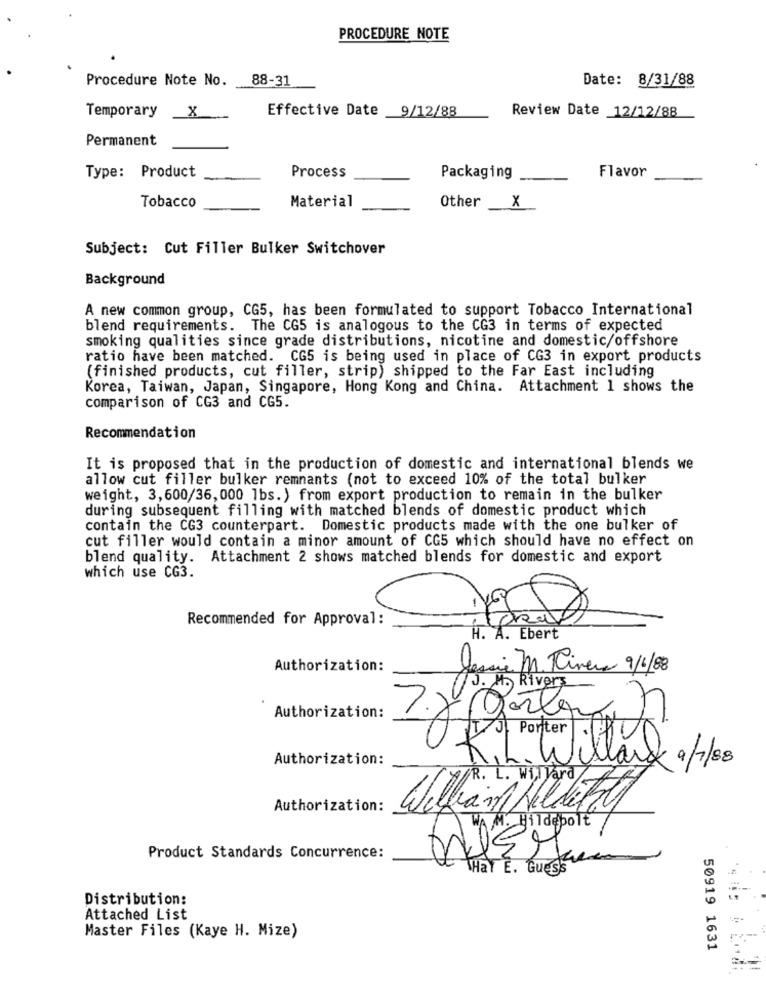
PROCEDURE NOTE
Procedure Note No.
88-31
Date: 8/31/88
Temporary
X
Effective Date _9/12/88
Review Date 12/12/88
Permanent
Type: Product
Process
Flavor
Packaging
Material
Other
Tobacco
X
Subject: Cut Filler Bulker Switchover
Background
A new common group, CG5, has been formulated to support Tobacco International
blend requirements. The CG5 is analogous to the CG3 in terms of expected
smoking qualities since grade distributions, nicotine and domestic/offshore
ratio have been matched. CG5 is being used in place of CG3 in export products
(finished products, cut filler, strip) shipped to the Far East including
Korea, Taiwan, Japan, Singapore, Hong Kong and China. Attachment 1 shows the
comparison of CG3 and CG5.
Recommendation
It is proposed that in the production of domestic and international blends we
allow cut filler bulker remnants (not to exceed 10% of the total bulker
weight, 3,600/36, 000 1bs. ) from export production to remain in the bulker
during subsequent filling with matched blends of domestic product which
contain the CG3 counterpart. Domestic products made with the one bulker of
cut filler would contain a minor amount of CG5 which should have no effect on
blend quality. Attachment 2 shows matched blends for domestic and export
which use CG3.
Recommended for Approval:
H. A. Ebert
Authorization:
Jessie M. Rivera 9/6/88
10.15 Rivers
Authorization:
Authorization:
Kil. Willard a/88
L. Willard
Authorization:
M. Hildepolt
Product Standards Concurrence:
Hay E. Guess
Distribution:
Attached List
Master Files (Kaye H. Mize)
50919 1631